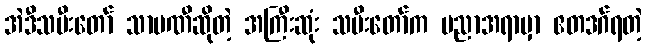
အဲဒီသမီးတော် သာမဏီဆိုတဲ့ အကြီးဆုံး သမီးတော်က ပညာအရာမှာ ဧတဒဂ်ရတဲ့